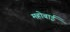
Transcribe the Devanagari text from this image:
महोबाई